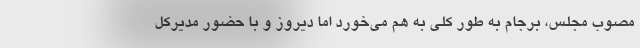
مصوب مجلس، برجام به طور کلی به هم می‌خورد اما دیروز و با حضور مدیرکل